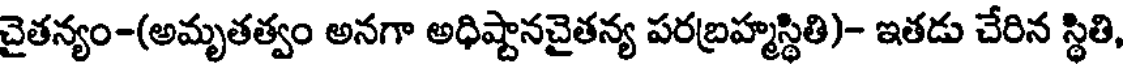
చైతన్యం-(అమృతత్వం అనగా అధిష్టానచైతన్య పరబ్రహ్మస్థితి)- ఇతడు చేరిన స్థితి,